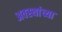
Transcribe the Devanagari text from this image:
अवस्थांच्या